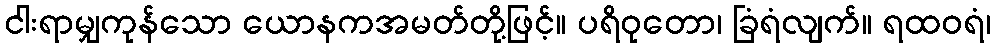
ငါးရာမျှကုန်သော ယောနကအမတ်တို့ဖြင့်။ ပရိဝုတော၊ ခြံရံလျက်။ ရထဝရံ၊